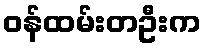
ဝန်ထမ်းတဦးက